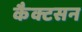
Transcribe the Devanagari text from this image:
कैक्टसन